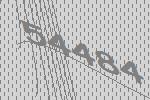
54484